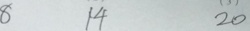
8 1 4 2 0